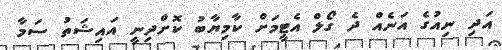
އަދި ނިއުގެ އަނެއް ދެ ގޯލް އެޓީމަށް ކާމިޔާބު ކޮށްދިނީ އައިޝަތު ސަމާ